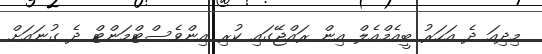
މިދިއަ ދެ އަހަރު ބީއެމްއެލް އިން ރައްޖޭގައި ކުރި އިންވެސްޓްމަންޓް ދެ ގުނައަށް